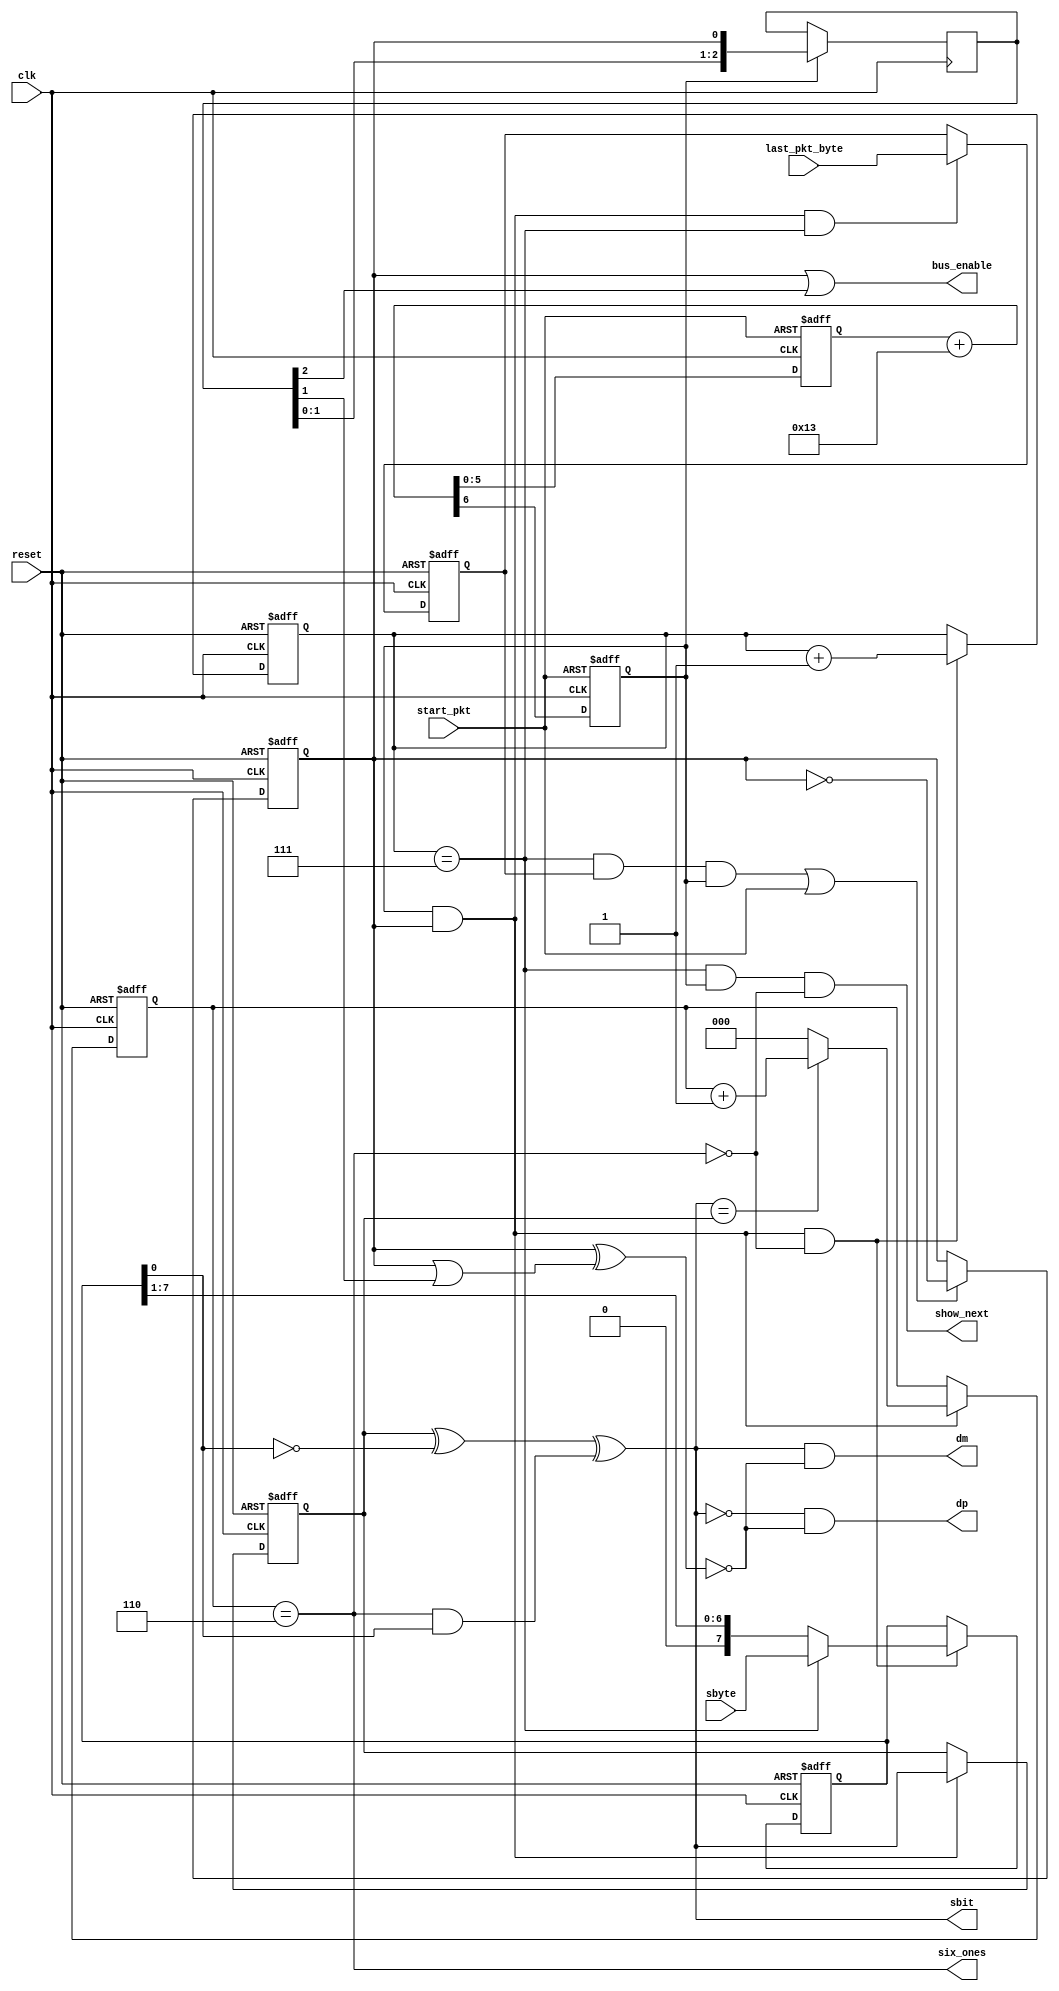
`timescale 1ns / 1ps
//////////////////////////////////////////////////////////////////////////////////
// Company: 
// Engineer: 
// 
// Design Name: 
// Module Name:    ls_usb_send 
// Project Name: 
// Target Devices: 
// Tool versions: 
// Description: 
//
// Dependencies: 
//
// Revision: 
// Revision 0.01 - File Created
// Additional Comments: 
//
//////////////////////////////////////////////////////////////////////////////////

//  USB    verilog

module ls_usb_send(
	input wire clk,					//    5 
	input wire reset,
	input wire [7:0] sbyte,
	input wire start_pkt,
	input wire last_pkt_byte,
	
	output reg sbit,
	output reg dp,
	output reg dm,
	
	output reg bus_enable,
	output reg show_next,
	output wire six_ones
    );

reg [2:0] ones_cnt;
reg [2:0] bit_count;
assign six_ones = (ones_cnt == 3'h6);

wire bit_count_eq7;
assign bit_count_eq7 = (bit_count == 3'h7);

reg prev_sbit;
reg my_eop;

reg [7:0] send_reg;
reg last;
reg [5:0] clk_counter;
reg strobe;
reg bus_ena;
reg [2:0] bus_ena_prev;

always @ *
begin
	sbit = prev_sbit ^ (send_reg[0] == 1'b0) ^ (six_ones & send_reg[0]);
	dm = sbit & my_eop;
	dp = (!sbit) & my_eop;
	show_next = bit_count_eq7 & strobe & (!six_ones);
	bus_enable = bus_ena | bus_ena_prev[2];
	my_eop = !(bus_ena ^ (bus_ena | bus_ena_prev[1]));
end

always @ (posedge clk or posedge start_pkt)
begin
	if (start_pkt)
	begin
		strobe <= 1'b0;
		clk_counter <= 1'b0;
	end
	else
		{ strobe, clk_counter } <= clk_counter + 6'h13;
end

always @ (posedge clk)
begin
	if (strobe)
		bus_ena_prev <= {bus_ena_prev[1:0], bus_ena};
end

always @ (posedge clk or posedge reset)
begin
	if (reset)
	begin
		prev_sbit <= 1'b0;
		bit_count <= 3'h7;
		send_reg <= 1'b0;
		bus_ena <= 1'b0;
		last <= 1'b0;
		ones_cnt <= 1'b0;
	end
	else
	begin
		if (strobe & bus_ena)
		begin
			if (sbit == prev_sbit)
				ones_cnt <= ones_cnt + 1'b1;
			else
				ones_cnt <= 1'b0;
		end
		
		if ((bit_count_eq7 & last & strobe) | start_pkt)
			bus_ena <= !bus_ena;
		
		if (strobe & bus_ena)
			prev_sbit <= sbit;
			
		if (strobe & bus_ena & bit_count_eq7)
			last <= last_pkt_byte;
			
		if (strobe & bus_ena & (!six_ones))
		begin
			bit_count <= bit_count + 1'b1;
			if (bit_count_eq7)
				send_reg <= sbyte;
			else
				send_reg <= {1'b0, send_reg [7:1]};
		end
	end
end

endmodule